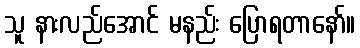
သူ နားလည်အောင် မနည်း ပြောရတာနော်။